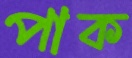
পাক